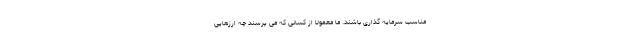
مناسب سرمایه گذاری باشند. ما معمولا از کسانی که می پرسند چه ارزهایی